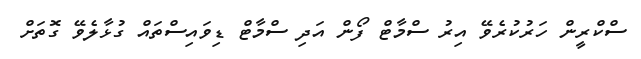
ސްކްރީން ހަރުކުރެވޭ އިރު ސްމާޓް ފޯން އަދި ސްމާޓް ޑިވައިސްތައް ގުޅާލެވޭ ގޮތަށް